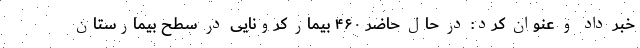
خبر داد و عنوان کرد: در حال حاضر ۴۶۰ بیمار کرونایی در سطح بیمارستان